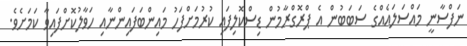
ނަފްސާނީ މައްސަލައެއްގެ ސަބަބުން އެ ޕްރޮގްރާމުން ޑިސްކޮލިފައި ކުރުމަށްފަހު މައިންބަފައިންނާއި ހަވާލުކޮށްފައިވާ ކަމަށެވެ.